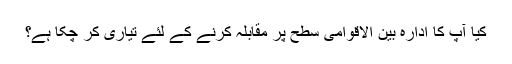
کیا آپ کا ادارہ بین الاقوامی سطح پر مقابلہ کرنے کے لئے تیاری کر چکا ہے؟